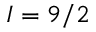
I = 9 / 2